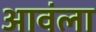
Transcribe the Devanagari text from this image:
आवंला